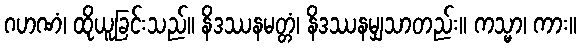
ဂဟဏံ၊ ထိုယူခြင်းသည်။ နိဒဿနမတ္တံ၊ နိဒဿနမျှသာတည်း။ ကသ္မာ၊ ကား။